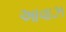
આવાઝ